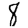
Digit: 8